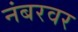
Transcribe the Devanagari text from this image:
नंबरवर